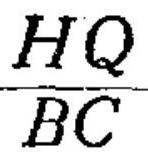
\(\frac{HQ}{BC}\)